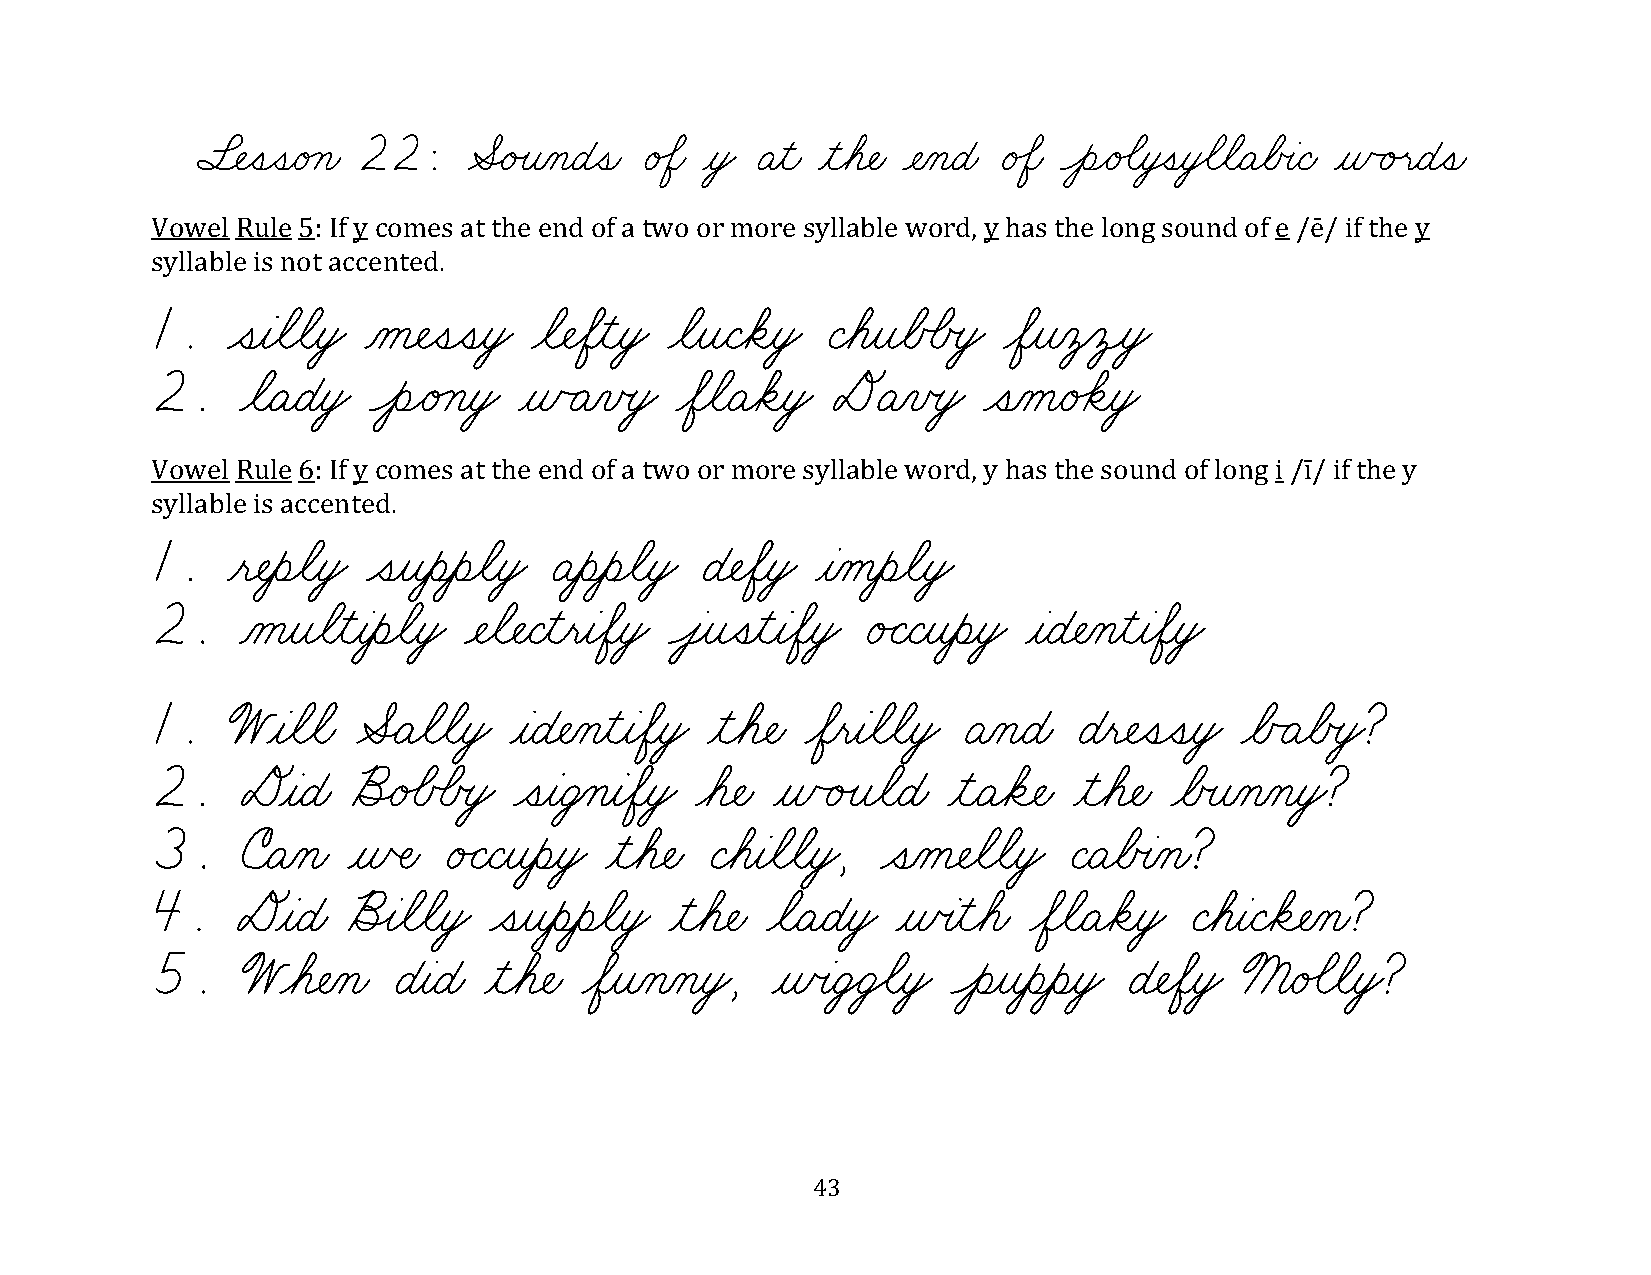
§¬ÑˆíˆíæéÁçæ 22:  ÆËéÙîÀçæÉˆíæ é‰Öæ ƒòŸ Äƒìæ ƒìøá¬Ñæ ¬ÑÀçæÉæ é‰Öæ ÔèÌé‰ãƒòÚíƒò€ãøãæÄøÅœàæÇæ ƒñÃéÙëæÉˆíæ
 Vowel Rule 5: If y comes at the end of a two or more syllable word, y has the long sound of e /ē/ if the y
 syllable is not accented.
 1.   ˆíƒàøãøãƒòŸ Àå¬ÑˆíˆíƒòŸ øã¬ÑøÖƒìƒòŸ øãƒîæÇøäƒòŸ ÇøáƒîøÅÕÅœòŸ øÖƒîÀô‚ô¸òŸ
 2.    øãæÄæÉƒòŸ ÔèÌéÁçƒòŸ ƒñÃÄÀïœòŸ øÖøãæÄøäƒòŸ DÄÀïœòŸ ˆíÀåæé‰äƒòŸ
 Vowel Rule 6: If y comes at the end of a two or more syllable word, y has the sound of long i /ī/ if the y
 syllable is accented.
 1.   ƒë¬ÑƒèøãƒòŸ ˆíƒîƒèƒèøãƒòŸ ÄƒèƒèøãƒòŸ É¬ÑøÖƒòŸ ƒàÀåƒèøãƒòŸ
 2.    ÀåƒîøãƒìƒàƒèøãƒòŸ ¬Ñøã¬ÑæÇƒìƒëƒàøÖƒòŸ Ôâ¸îˆíƒìƒàøÖƒòŸ é„ÇæÇƒîƒèƒòŸ ƒàæÉ¬ÑÀçƒìƒàøÖƒòŸ
 1.   Wƒàøãøãæ ÆËÄøãøãƒòŸ ƒàæÉ¬ÑÀçƒìƒàøÖƒòŸ ƒìøá¬Ñæ øÖƒëƒàøãøãƒòŸ ÄÀçæÉæ Éƒë¬ÑˆíˆíƒòŸ øÅÃÄøÅœòŸ?
 2.    DƒàæÉæ õËé‰ÅÕÅœòŸ ˆíƒàæÜ‚çƒàøÖƒòŸ øá¬Ñæ ƒñÃéÙîøãæÉæ ƒìæÄøä¬Ñæ ƒìøá¬Ñæ øÅœîÀçÀçƒòŸ?
 3.    úæÄÀçæ ƒñŒÑæ é„ÇæÇƒîƒèƒòŸ ƒìøá¬Ñæ ÇøáƒàøãøãƒòŸ, ˆíÀå¬ÑøãøãƒòŸ ÇæÄøÅœàÀçæ?
 4.    DƒàæÉæ õÎàøãøãƒòŸ ˆíƒîƒèƒèøãƒòŸ ƒìøá¬Ñæ øãæÄæÉƒòŸ ƒñœàƒìøáæ øÖøãæÄøäƒòŸ ÇøáƒàæÇøä¬ÑÀçæ?
 5.    Wøá¬ÑÀçæ  ÉƒàæÉæ ƒìøá¬Ñæ øÖƒîÀçÀçƒòŸ, ƒñœàæÜŸÜ€ãƒòŸ ÔèƒîƒèƒèƒòŸ É¬ÑøÖƒòŸ ßæé‰ãøãƒòŸ?
 43